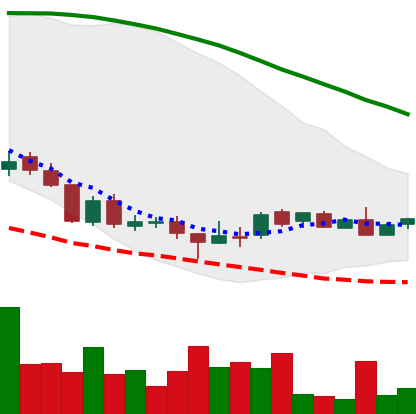
Ticker: DOGE-USD
Chart end date: 2018-08-24
Forward return: 7.42%
Label: up_7plus